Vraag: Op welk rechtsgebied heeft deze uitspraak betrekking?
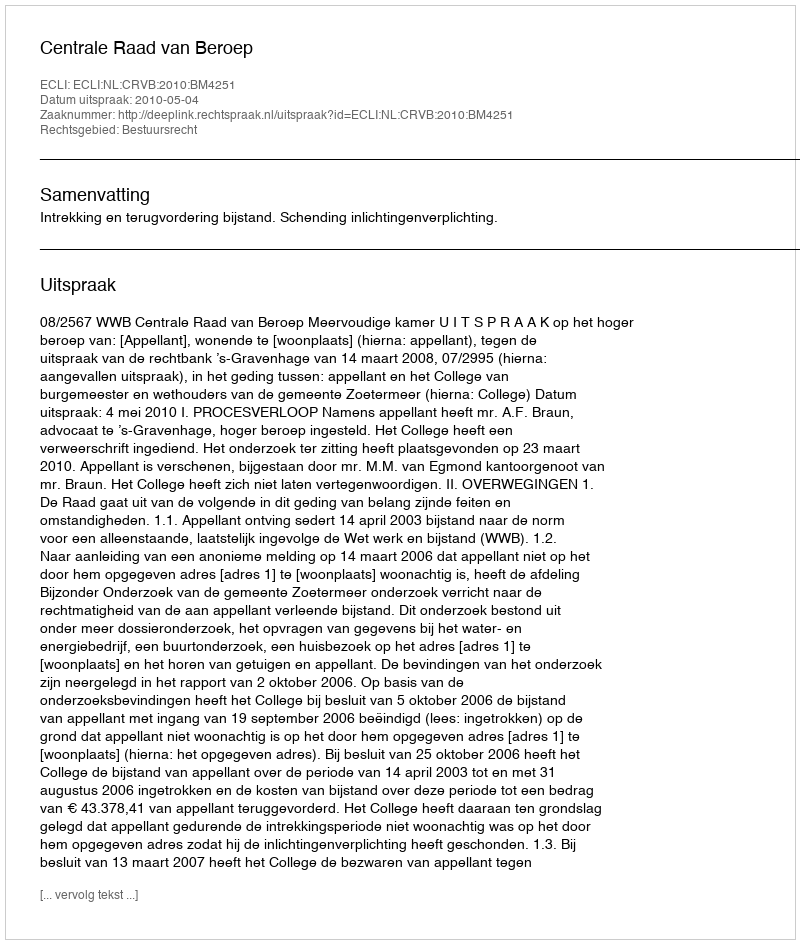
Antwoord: Bestuursrecht